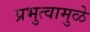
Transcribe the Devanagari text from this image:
प्रभुत्वामुळे